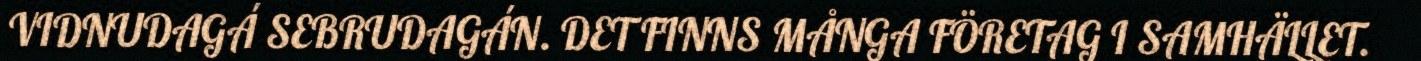
VIDNUDAGÁ SEBRUDAGÁN. DET FINNS MÅNGA FÖRETAG I SAMHÄLLET.